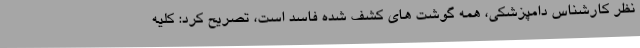
نظر کارشناس دامپزشکی، همه گوشت های کشف شده فاسد است، تصریح کرد: کلیه